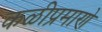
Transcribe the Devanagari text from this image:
कळीप्रमाणे